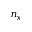
n _ { x }